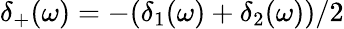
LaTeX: \delta_{+}(\omega)=-(\delta_{1}(\omega)+\delta_{2}(\omega))/2